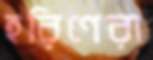
হরিণেরা